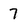
Character: 7